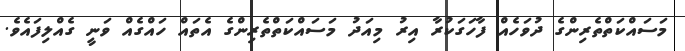
މަސައްކަތްތެރިންގެ ދުވަހެއް ފާހަގަކުރާ އިރު މިއަދު މަސައްކަތްތެރިންގެ އެތައް ހައްގެއް ވަނީ ގެއްލިފައެވެ.